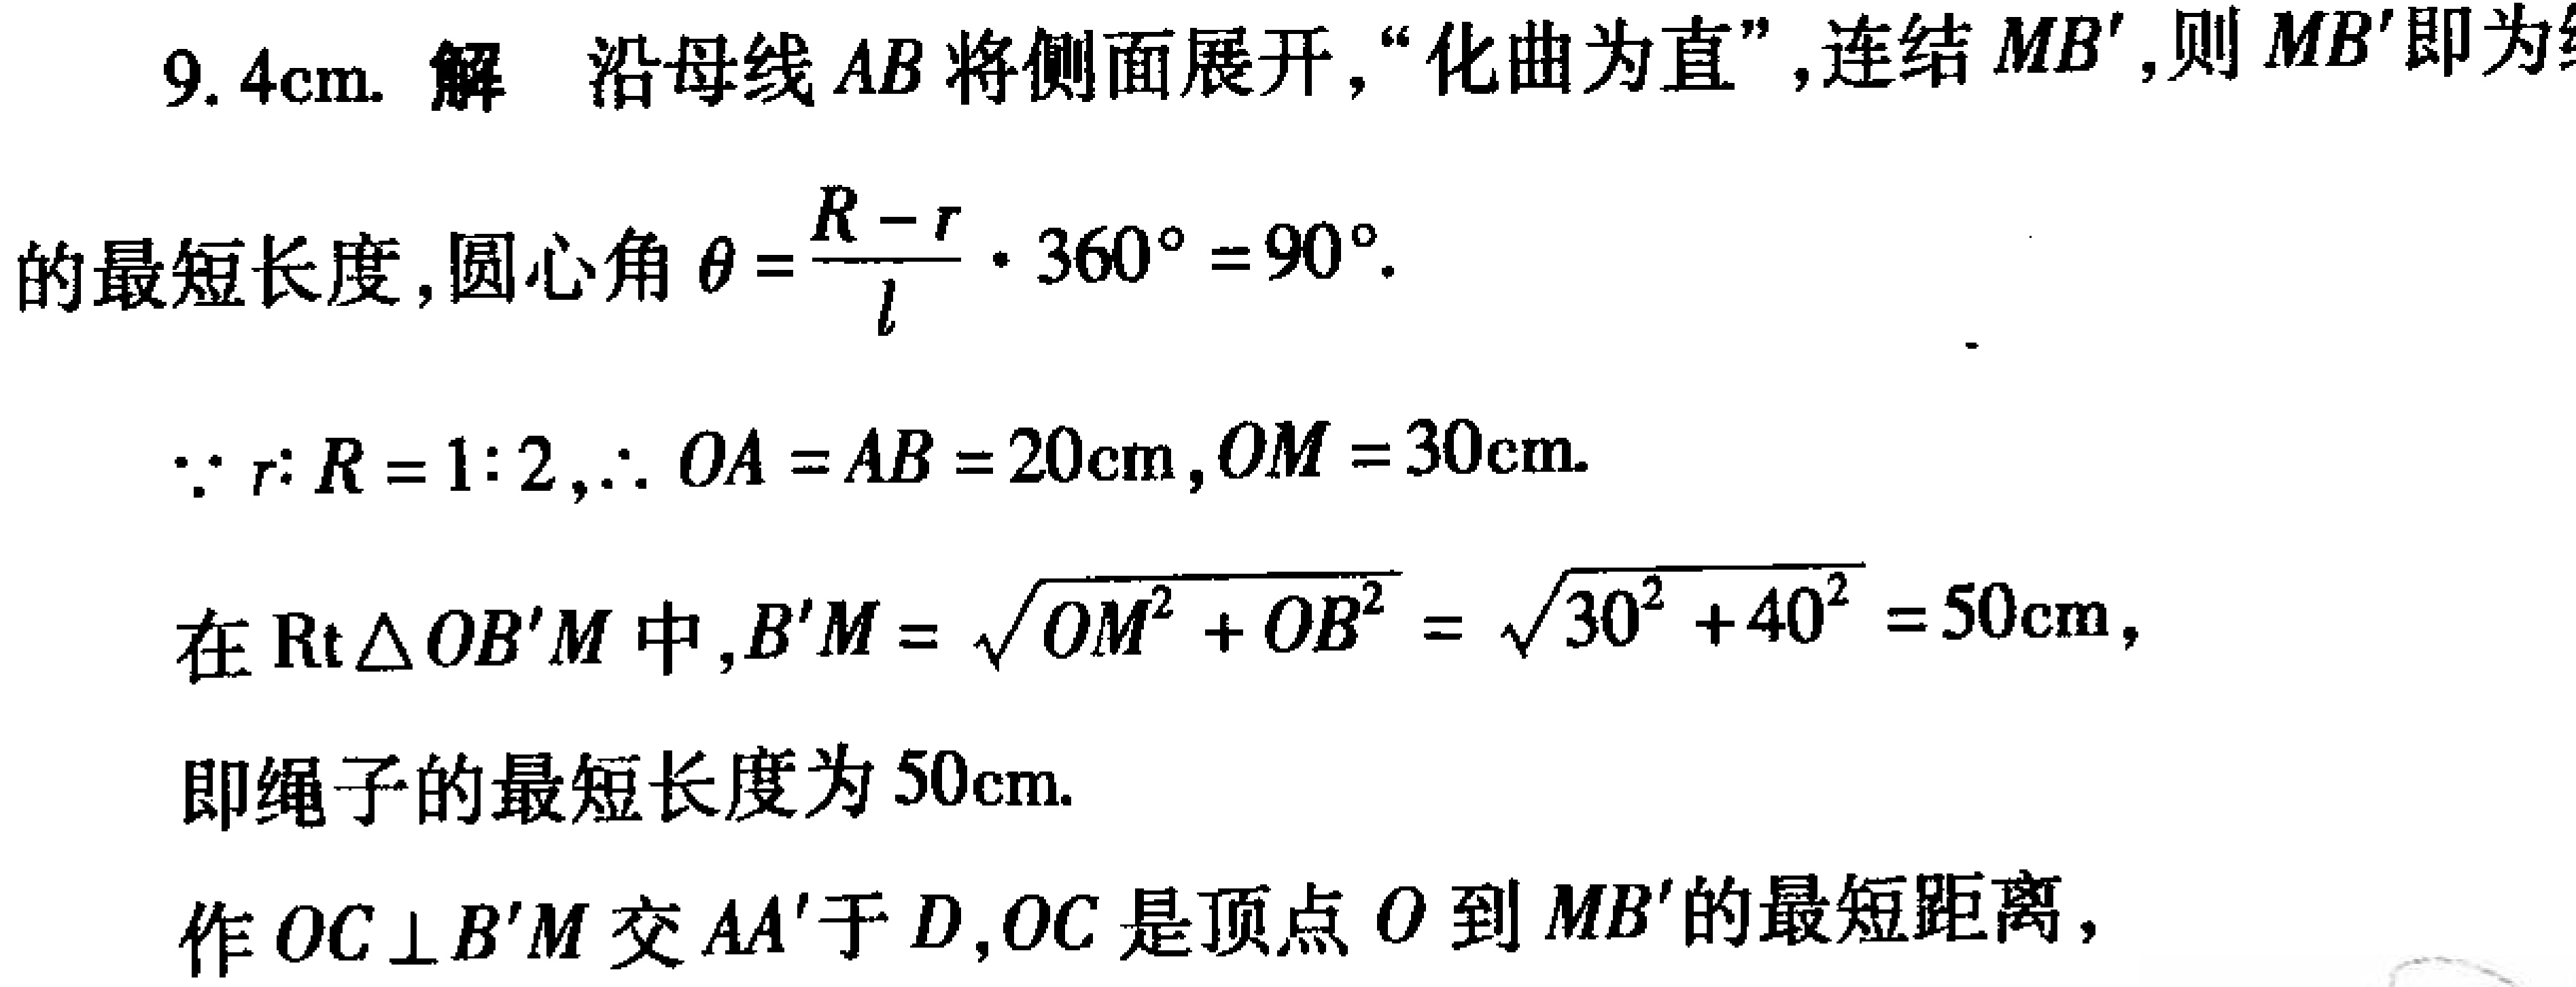
9.4cm. 解 沿母线 \(AB\) 将侧面展开,“化曲为直”,连结 \(MB'\),则 \(MB'\)即为
的最短长度,圆心角 \(\theta=\frac{R - r}{l}\cdot360^{\circ}=90^{\circ}\).
\(\because r:R = 1:2,\therefore OA = AB = 20\text{cm},OM = 30\text{cm}\).
在 \(\text{Rt}\triangle OB'M\) 中,\(B'M=\sqrt{OM^{2}+OB^{2}}=\sqrt{30^{2}+40^{2}} = 50\text{cm}\),
即绳子的最短长度为 \(50\text{cm}\).
作 \(OC\perp B'M\) 交 \(AA'\) 于 \(D\),\(OC\) 是顶点 \(O\) 到 \(MB'\) 的最短距离,